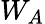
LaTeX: W_{A}